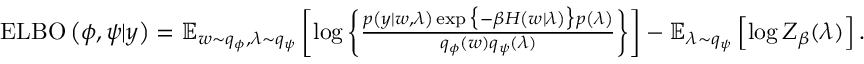
\begin{array} { r } { \operatorname { E L B O } \left( \phi , \psi \vert y \right) = \operatorname { \mathbb { E } } _ { w \sim q _ { \phi } , \lambda \sim q _ { \psi } } \left[ \log \left\{ \frac { p \left( y | w , \lambda \right) \exp \big \{ - \beta H \left( w | \lambda \right) \big \} p \left( \lambda \right) } { q _ { \phi } ( w ) q _ { \psi } ( \lambda ) } \right\} \right] - \operatorname { \mathbb { E } } _ { \lambda \sim q _ { \psi } } \left[ \log Z _ { \beta } ( \lambda ) \right] . } \end{array}